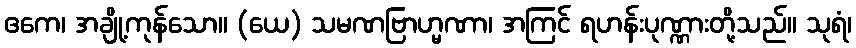
ဧကေ၊ အချို့ကုန်သော။ (ယေ) သမဏဗြာဟ္မဏာ၊ အကြင် ရဟန်းပုဏ္ဏားတို့သည်။ သုရံ၊